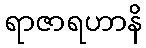
ရာဇာရဟာနိ